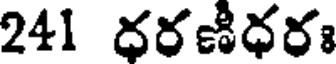
241 ధరణీధరః